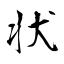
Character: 状